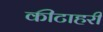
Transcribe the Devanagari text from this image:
कीटाहरी